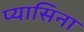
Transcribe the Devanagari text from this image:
प्यासिना